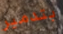
بتدمير